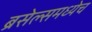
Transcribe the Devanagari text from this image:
ब्रसेल्समध्येच